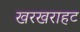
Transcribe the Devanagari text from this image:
खरखराहट